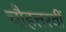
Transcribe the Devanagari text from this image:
चौहत्तरवीं